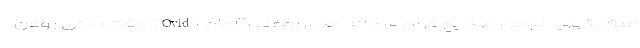
سخنگوی انجمن صنایع فرآوری دانه های روغنی آلمان (Ovid) گفت: حتی روغن